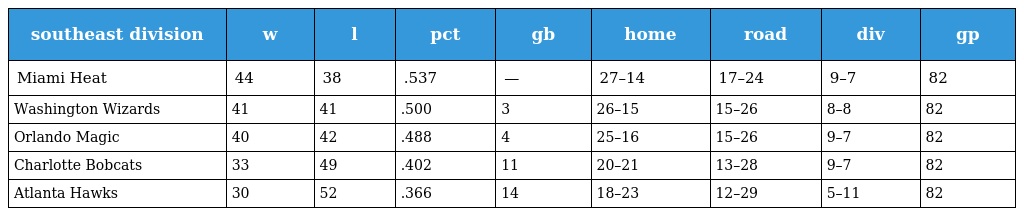
| southeast division | w | l | pct | gb | home | road | div | gp |
 | --- | --- | --- | --- | --- | --- | --- | --- | --- |
 | Miami Heat | 44 | 38 | .537 | — | 27–14 | 17–24 | 9–7 | 82 |
 | Washington Wizards | 41 | 41 | .500 | 3 | 26–15 | 15–26 | 8–8 | 82 |
 | Orlando Magic | 40 | 42 | .488 | 4 | 25–16 | 15–26 | 9–7 | 82 |
 | Charlotte Bobcats | 33 | 49 | .402 | 11 | 20–21 | 13–28 | 9–7 | 82 |
 | Atlanta Hawks | 30 | 52 | .366 | 14 | 18–23 | 12–29 | 5–11 | 82 |